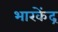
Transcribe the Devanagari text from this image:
भारकेंद्र